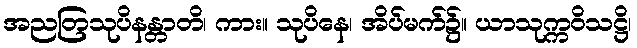
အညတြသုပိနန္တာတိ၊ ကား။ သုပိနေ၊ အိပ်မက်၌။ ယာသုက္ကဝိသဋ္ဌိ၊